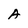
Character: A